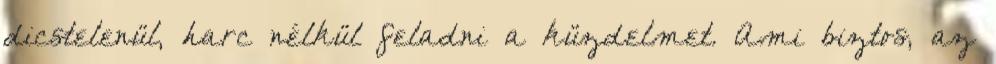
dicstelenül, harc nélkül feladni a küzdelmet. Ami biztos, az